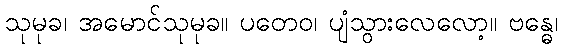
သုမုခ၊ အမောင်သုမုခ။ ပတေဝ၊ ပျံသွားလေလော့။ ဗန္ဓေ၊